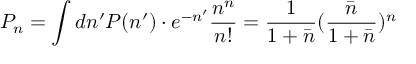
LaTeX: P _ { n } = \int d n ^ { \prime } P ( n ^ { \prime } ) \cdot e ^ { - n ^ { \prime } } \frac { n ^ { n } } { n ! } = \frac { 1 } { 1 + \bar { n } } ( \frac { \bar { n } } { 1 + \bar { n } } ) ^ { n }